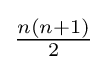
\textstyle {\frac {n(n+1)}{2}}